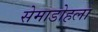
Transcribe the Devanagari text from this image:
सेमाडोहला